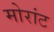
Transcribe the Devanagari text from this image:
मोरांट